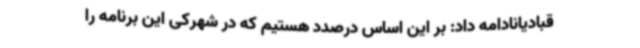
قبادیانادامه داد: بر این اساس درصدد هستیم که در شهرکی این برنامه را